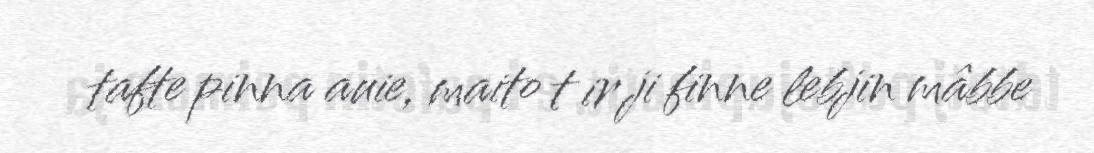
tafte pinna auie, maito t ir ji finne lebjin mâbbe